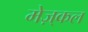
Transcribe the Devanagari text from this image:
मेज़्कल